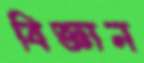
বিজ্ঞান